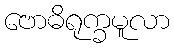
ဗောဓိရုက္ခမူလာ